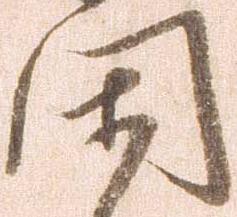
閑